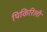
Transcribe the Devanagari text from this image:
पिकिरिली